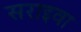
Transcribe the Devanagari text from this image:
सराइवा